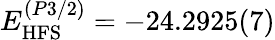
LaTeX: E_{\mathrm{HFS}}^{(P3/2)}=-24.2925(7)